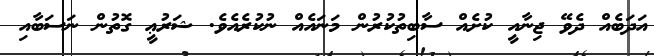
އަދަބެއް ދެވޭ ޖިނާއީ ކުށެއް ސާބިތުކުރުން މަނައެއް ނުކުރެއެވެ. ޝަރުޢީ ގޮތުން ނަސަބާއި